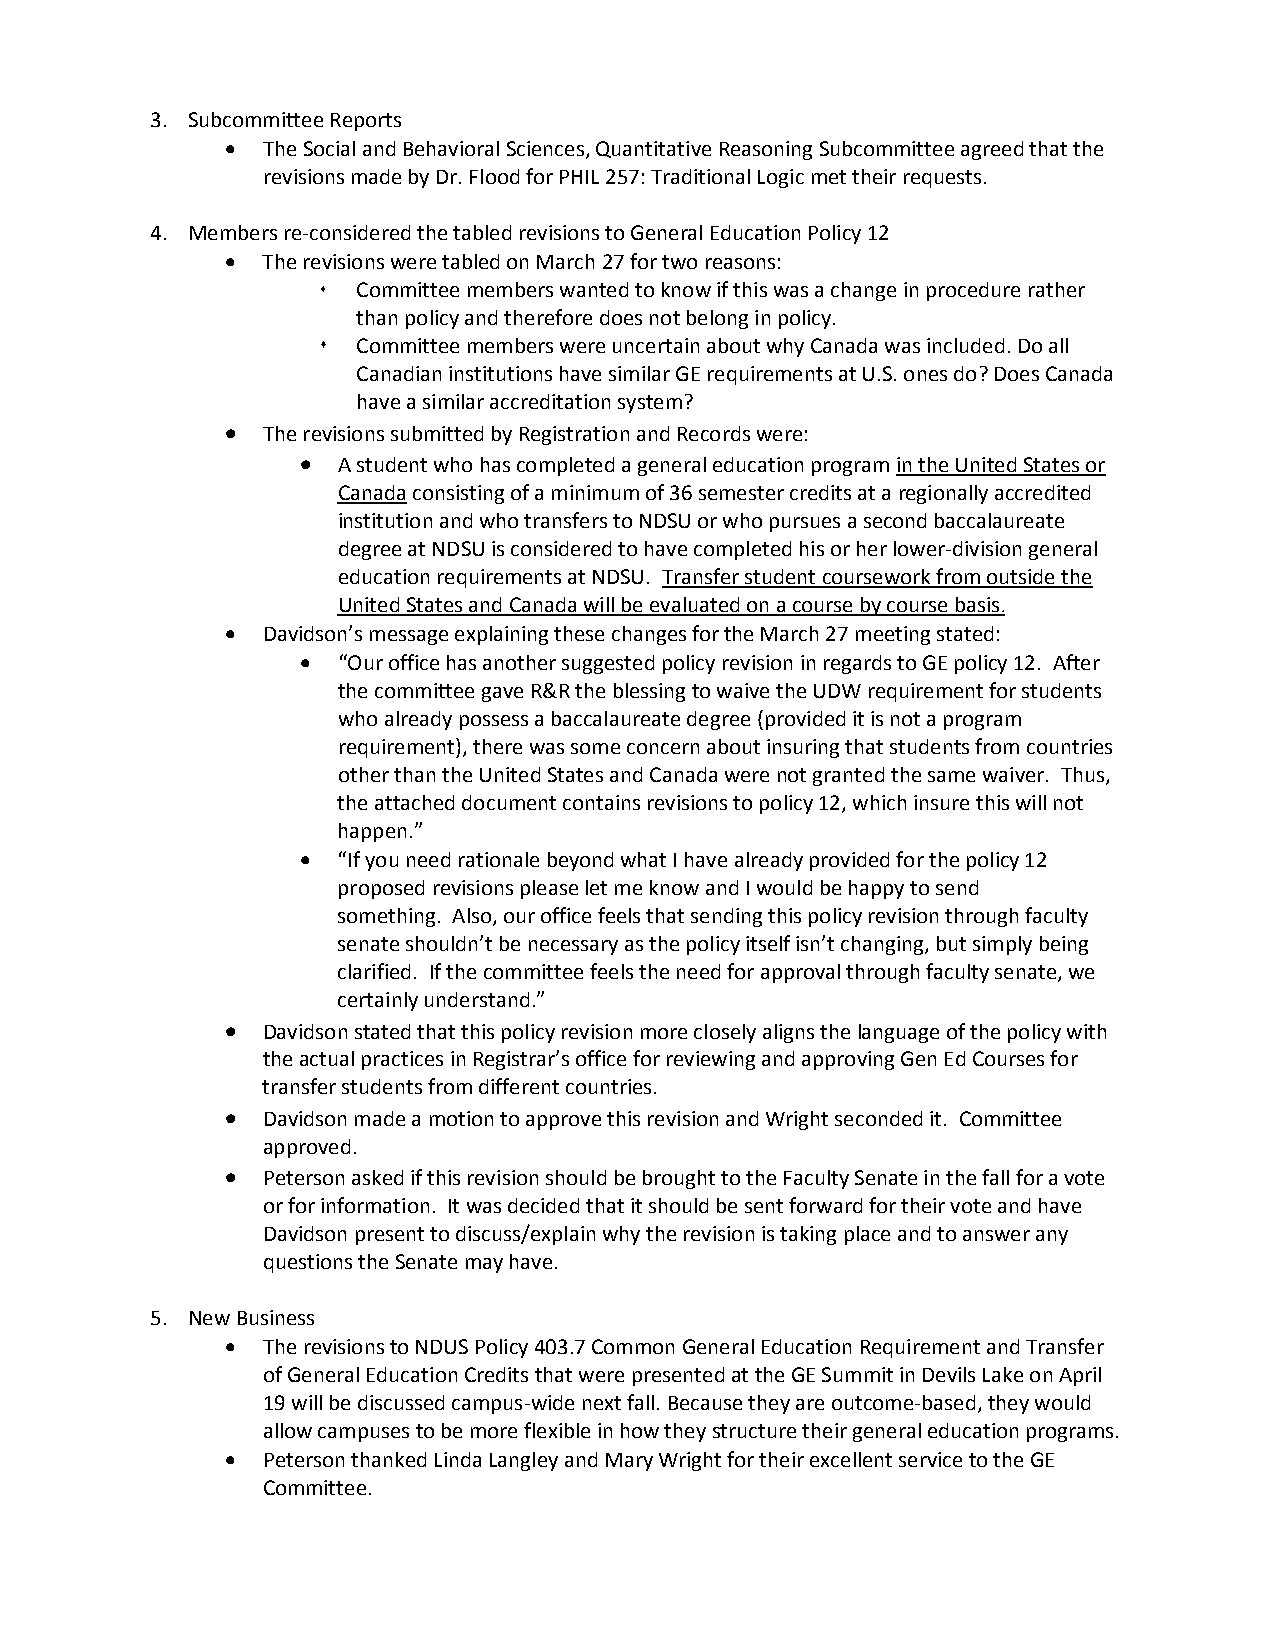
3. Subcommittee Reports
 • The Social and Behavioral Sciences, Quantitative Reasoning Subcommittee agreed that the
 revisions made by Dr. Flood for PHIL 257: Traditional Logic met their requests.
 4. Members re-considered the tabled revisions to General Education Policy 12
 • The revisions were tabled on March 27 for two reasons:
   Committee members wanted to know if this was a change in procedure rather
 than policy and therefore does not belong in policy.
   Committee members were uncertain about why Canada was included. Do all
 Canadian institutions have similar GE requirements at U.S. ones do? Does Canada
 have a similar accreditation system?
 • The revisions submitted by Registration and Records were:
 • A student who has completed a general education program in the United States or
 Canada consisting of a minimum of 36 semester credits at a regionally accredited
 institution and who transfers to NDSU or who pursues a second baccalaureate
 degree at NDSU is considered to have completed his or her lower-division general
 education requirements at NDSU. Transfer student coursework from outside the
 United States and Canada will be evaluated on a course by course basis.
 • Davidson’s message explaining these changes for the March 27 meeting stated:
 • “Our office has another suggested policy revision in regards to GE policy 12. After
 the committee gave R&R the blessing to waive the UDW requirement for students
 who already possess a baccalaureate degree (provided it is not a program
 requirement), there was some concern about insuring that students from countries
 other than the United States and Canada were not granted the same waiver. Thus,
 the attached document contains revisions to policy 12, which insure this will not
 happen.”
 • “If you need rationale beyond what I have already provided for the policy 12
 proposed revisions please let me know and I would be happy to send
 something. Also, our office feels that sending this policy revision through faculty
 senate shouldn’t be necessary as the policy itself isn’t changing, but simply being
 clarified. If the committee feels the need for approval through faculty senate, we
 certainly understand.”
 • Davidson stated that this policy revision more closely aligns the language of the policy with
 the actual practices in Registrar’s office for reviewing and approving Gen Ed Courses for
 transfer students from different countries.
 • Davidson made a motion to approve this revision and Wright seconded it. Committee
 approved.
 • Peterson asked if this revision should be brought to the Faculty Senate in the fall for a vote
 or for information. It was decided that it should be sent forward for their vote and have
 Davidson present to discuss/explain why the revision is taking place and to answer any
 questions the Senate may have.
 5. New Business
 • The revisions to NDUS Policy 403.7 Common General Education Requirement and Transfer
 of General Education Credits that were presented at the GE Summit in Devils Lake on April
 19 will be discussed campus-wide next fall. Because they are outcome-based, they would
 allow campuses to be more flexible in how they structure their general education programs.
 • Peterson thanked Linda Langley and Mary Wright for their excellent service to the GE
 Committee.